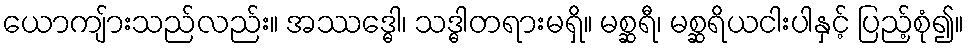
ယောကျ်ားသည်လည်း။ အဿဒ္ဓေါ၊ သဒ္ဓါတရားမရှိ။ မစ္ဆရီ၊ မစ္ဆရိယငါးပါနှင့် ပြည့်စုံ၍။